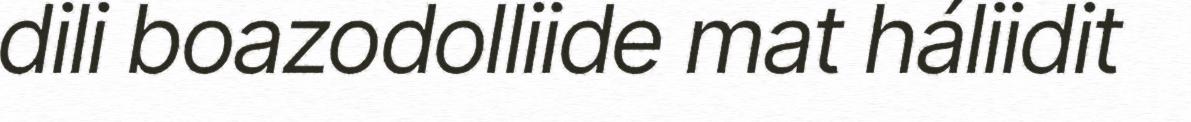
dili boazodolliide mat háliidit